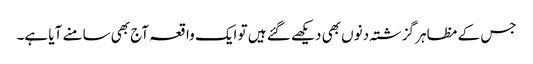
جس کے مظاہر گزشتہ دنوں بھی دیکھے گئے ہیں تو ایک واقعہ آج بھی سامنے آیا ہے۔